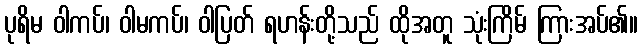
ပုရိမ ဝါကပ်၊ ဝါမကပ်၊ ဝါပြတ် ရဟန်းတို့သည် ထိုအတူ သုံးကြိမ် ကြားအပ်၏။